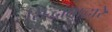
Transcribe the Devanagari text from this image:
सिद्धांताद्वारे